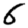
Digit: 6